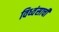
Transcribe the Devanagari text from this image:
विध्वंसाची